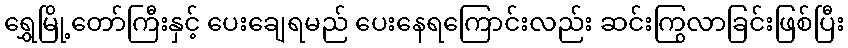
ရွှေမြို့တော်ကြီးနှင့် ပေးချေရမည် ပေးနေရကြောင်းလည်း ဆင်းကြွလာခြင်းဖြစ်ပြီး